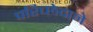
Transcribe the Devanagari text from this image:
परिच्छेदाने